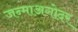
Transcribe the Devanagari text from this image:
जन्माअगोदर